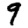
Digit: 9